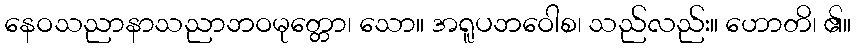
နေဝသညာနာသညာဘဝမုတ္တော၊ သော။ အရူပဘဝေါစ၊ သည်လည်း။ ဟောတိ၊ ၏။